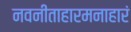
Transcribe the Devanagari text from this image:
नवनीताहारमनाहारं